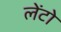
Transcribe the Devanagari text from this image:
लेंटो